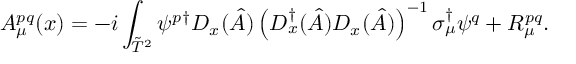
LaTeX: A _ { \mu } ^ { p q } ( x ) = - i \int _ { \tilde { T } ^ { 2 } } \psi ^ { p } { } ^ { \dagger } D _ { x } ( \hat { A } ) \left( D _ { x } ^ { \dagger } ( \hat { A } ) D _ { x } ( \hat { A } ) \right) ^ { - 1 } \sigma _ { \mu } ^ { \dagger } \psi ^ { q } + R _ { \mu } ^ { p q } .